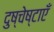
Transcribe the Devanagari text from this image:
दुष्चेष्टाएँ